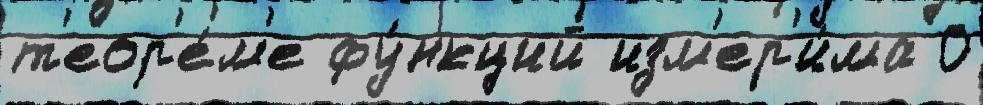
т'еор'е́м'е фу́нкций изм'ер'и́ма 0